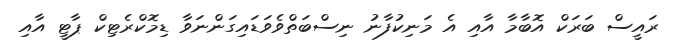
ރައީސް ބަރަކް އޮބާމާ އާއި އެ މަނިކުފާނު ނިސްބަތްވެވަޑައިގަންނަވާ ޑިމޮކްރެޓިކް ޕާޓީ އާއި